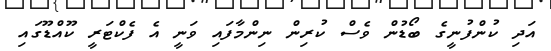
އަދި ކުންފުނީގެ ބޯޑުން ވެސް ކުރިން ނިންމާފައި ވަނީ އެ ފެކްޓަރީ ކޫއްޑޫގައި